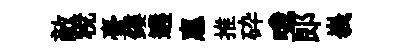
敵稅臺鏤遘惠推砕哦郎峩